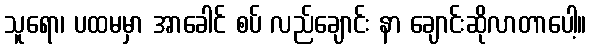
သူရော၊ ပထမမှာ အာခေါင် စပ် လည်ချောင်း နာ ချောင်းဆိုလာတာပေါ့။